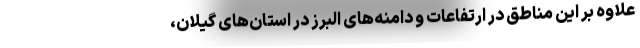
علاوه بر این مناطق در ارتفاعات و دامنه‌های البرز در استان‌های گیلان،‌